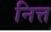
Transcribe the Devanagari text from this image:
नित्त